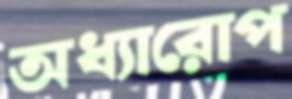
অধ্যারোপ